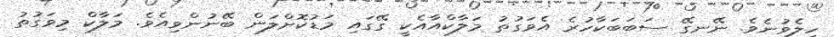
ހީލެވުނެވެ. ނޭނގޭ ސަބަބަކާހުރެ އެވަގުތު މަލާކްއާއެކީ ގޭގައި މަޑުކޮށްލަން ބޭނުންވިއެވެ. މަލާކް މިވަގުތު